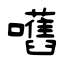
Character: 嚿